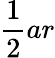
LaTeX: {\frac{1}{2}}ar